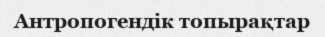
Антропогендік топырақтар